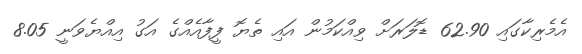
އެމެރިކާގައި 62.90 ޑޮލަރަށް ވިއްކަމުން އައި ތެޔޮ ފީފާއެއްގެ އަގު އިއްޔެވަނީ 8.05